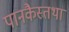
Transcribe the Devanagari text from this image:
पानकैस्तथा